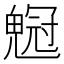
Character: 𠖡